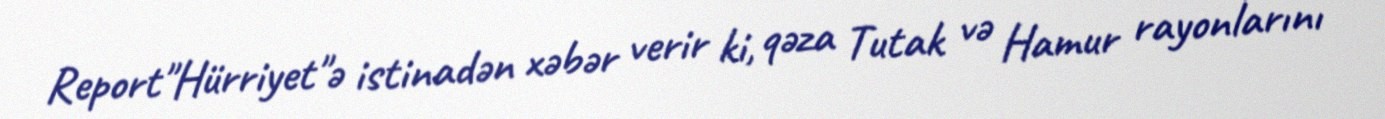
Report"Hürriyet"ə istinadən xəbər verir ki, qəza Tutak və Hamur rayonlarını